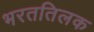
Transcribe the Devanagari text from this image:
भरततिलक